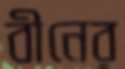
বীনের